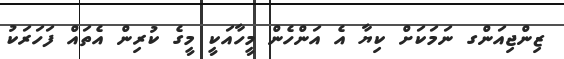
ޒިންޖިއަންގ ނަމަކަށް ކިޔާ އެ އަންހެން މީހާއަކީ މީގެ ކުރިން އެތައް ފަހަރަކު